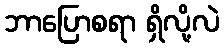
ဘာပြောစရာ ရှိလို့လဲ